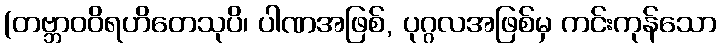
(တဗ္ဘာဝဝိရဟိတေသုပိ၊ ပါဏအဖြစ်, ပုဂ္ဂလအဖြစ်မှ ကင်းကုန်သော